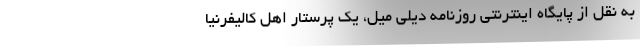
به نقل از پایگاه اینترنتی روزنامه دیلی میل، یک پرستار اهل کالیفرنیا